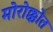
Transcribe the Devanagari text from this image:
मोरोक्कोत